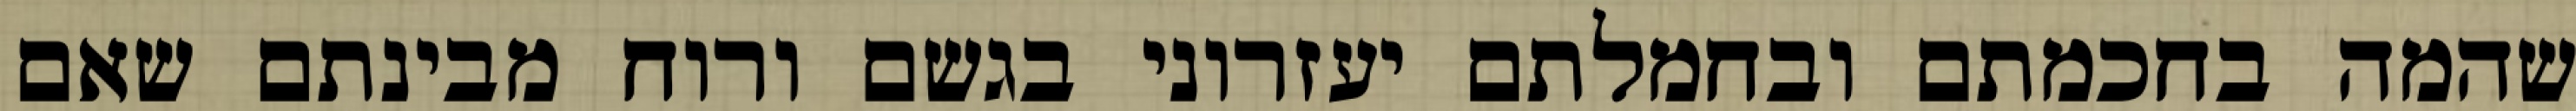
שהמה בחכמתם ובחמלתם יעזרוני בגשם ורוח מבינתם שאם